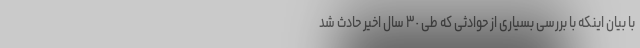
با بیان اینکه با بررسی بسیاری از حوادثی که طی ٣٠ سال اخیر حادث شد